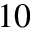
^ { 1 0 }